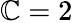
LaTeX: \mathbb{C}=2